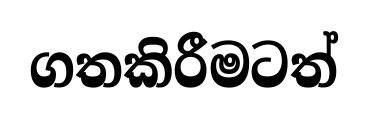
ගතකිරීමටත්